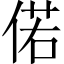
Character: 偌